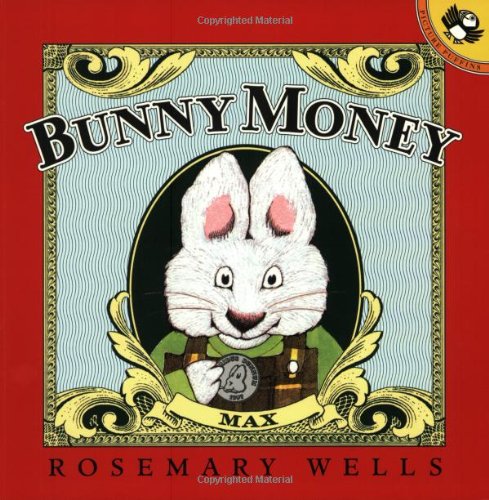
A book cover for Bunny Money (Max and Ruby); Rosemary Wells; Children's Books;